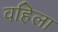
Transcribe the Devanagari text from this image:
वहिला